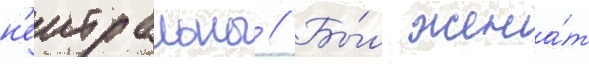
н'еитральны // Бы́л жена́т